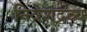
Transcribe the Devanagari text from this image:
निवेशद्रव्य